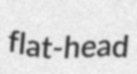
flat-head